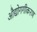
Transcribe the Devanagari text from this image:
औद्योगगीकरण